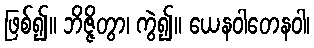
ဖြစ်၍။ ဘိဇ္ဇိတွာ၊ ကွဲ၍။ ယေနဝါတေနဝါ၊